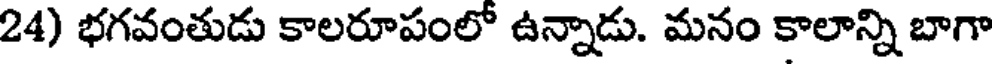
24) భగవంతుడు కాలరూపంలో ఉన్నాడు. మనం కాలాన్ని బాగా